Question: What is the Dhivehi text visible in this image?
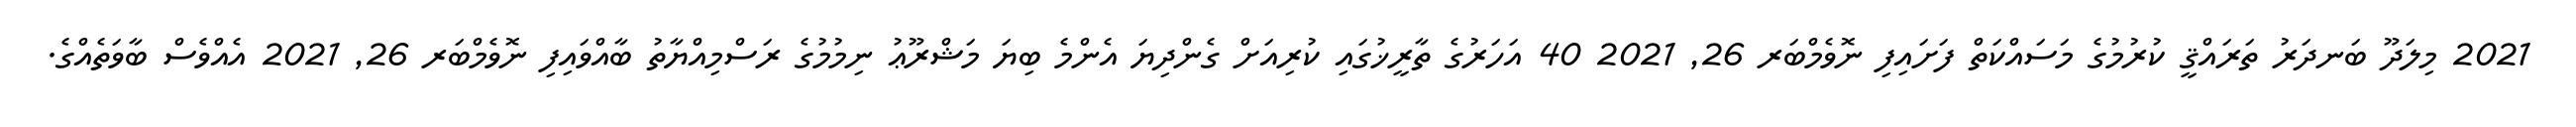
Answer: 2021 މިލަދޫ ބަނދަރު ތަރައްޤީ ކުރުމުގެ މަސައްކަތް ފަށައިފި ނޮވެމްބަރ 26, 2021 40 އަހަރުގެ ތާރީޚުގައި ކުރިއަށް ގެންދިޔަ އެންމެ ބިޔަ މަޝްރޫޢު ނިމުމުގެ ރަސްމިއްޔާތު ބާއްވައިފި ނޮވެމްބަރ 26, 2021 އެއްވެސް ބާވަތެއްގެ.